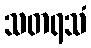
သတရသံ